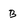
Character: B